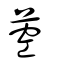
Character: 𦱇